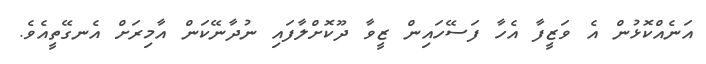
އަނެއްކޮޅުން އެ ވަޒީފާ އެހާ ފަސޭހައިން ޒީވާ ދޫކޮށްލާފައި ނުދާނޭކަން އާމިރަށް އެނގޭތީއެވެ.